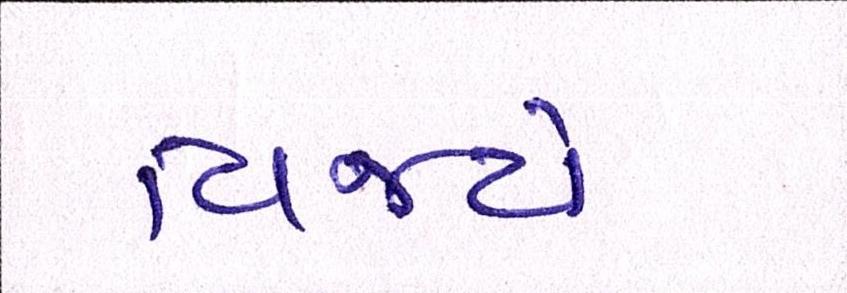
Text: વિજયે